Rangoon Lunatic Asylum 1878-1892 - 1878-1892
Year: 1878
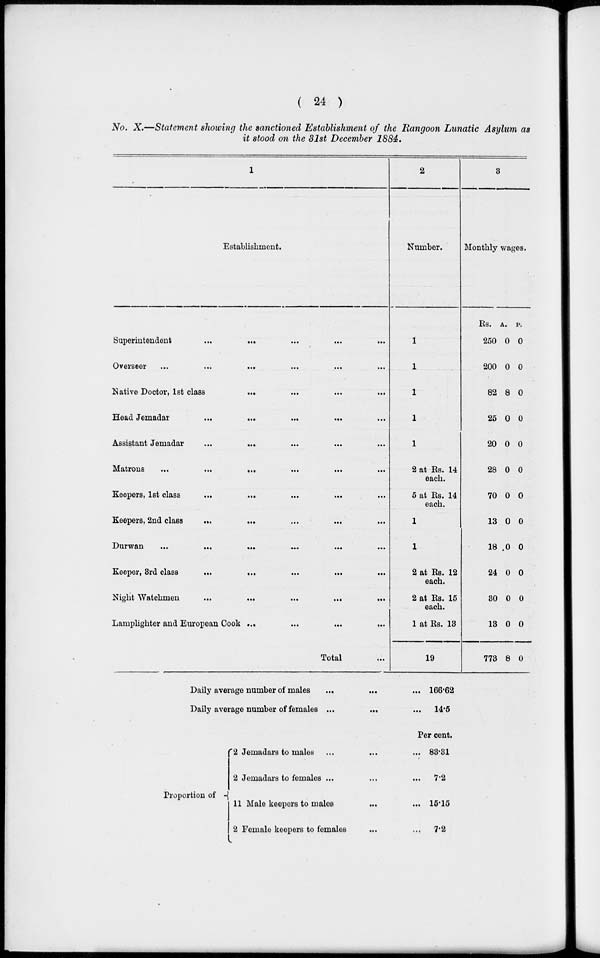
( 24 )
No. X.—Statement showing the sanctioned Establishment of the Rangoon Lunatic Asylum as
it stood on the 31st December 1884.
1
Establishment.
Superintendent
...
... ... ... ...
Overseer ...
...
...
...
...
...
Native Doctor, 1st class
... ... ... ...
Head Jemadar
...
...
...
...
...
Assistant Jemadar
...
... ... ... ...
Matrons
...
...
...
... ... ...
Keepers, 1st class ... ... ... ... ...
Keepers, 2nd class
... ... ... ... ...
Durwan
...
...
...
...
...
...
Keeper, 3rd class
...
... ... ... ...
Night Watchmen
...
...
...
...
...
Lamplighter and European Cook ...
...
...
...
Total ...
2
Number.
1
1
1
1
1
2 at Rs.14
each.
5 at Rs. 14
each.
1
1
2 at Rs. 12
each.
2 at Rs. 15
each.
1 at Rs. 13
19
3
Monthly wages.
Rs.
250
200
82
25
20
28
70
13
18
24
30
13
773
A.
0
0
8
0
0
0
0
0
.0
0
0
0
8
P.
0
0
0
0
0
0
0
0
0
0
0
0
0
Daily average number of males
...
...
...
Daily average number of females ...
...
...
Proportion of
2 Jemadars to males ...
...
...
2 Jemadars to females ...
...
...
11 Male keepers to males
...
...
2 Female keepers to females
...
...
166.62
14.5
Per cent.
83.31
7.2
15.15
7.2